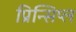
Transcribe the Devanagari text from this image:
प्रिन्सिप्ल